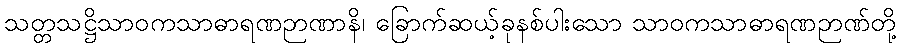
သတ္တသဋ္ဌိသာဝကသာဓာရဏဉာဏာနိ၊ ခြောက်ဆယ့်ခုနစ်ပါးသော သာဝကသာဓာရဏဉာဏ်တို့